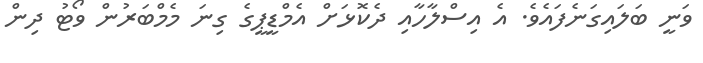
ވަނީ ބަލައިގަނެފައެވެ. އެ އިސްލާހާއި ދެކޮޅަށް އެމްޑީޕީގެ ގިނަ މެމްބަރުން ވޯޓު ދިން